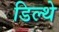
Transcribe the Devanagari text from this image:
डिल्थे